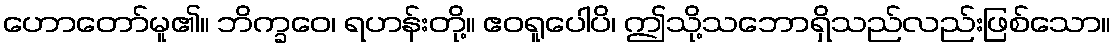
ဟောတော်မူ၏။ ဘိက္ခဝေ၊ ရဟန်းတို့။ ဧဝရူပေါပိ၊ ဤသို့သဘောရှိသည်လည်းဖြစ်သော။